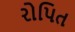
રોપિત